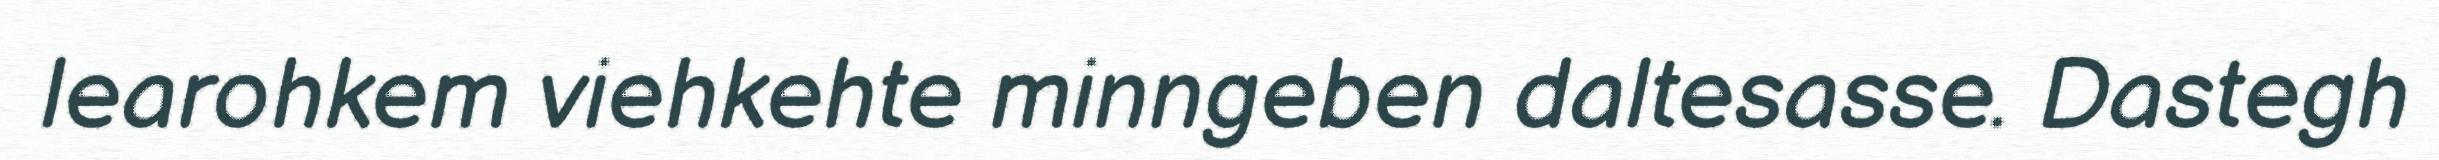
learohkem viehkehte minngeben daltesasse. Dastegh